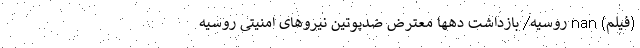
(فیلم) nan روسیه/ بازداشت دهها معترض ضدپوتین نیروهای امنیتی روسیه